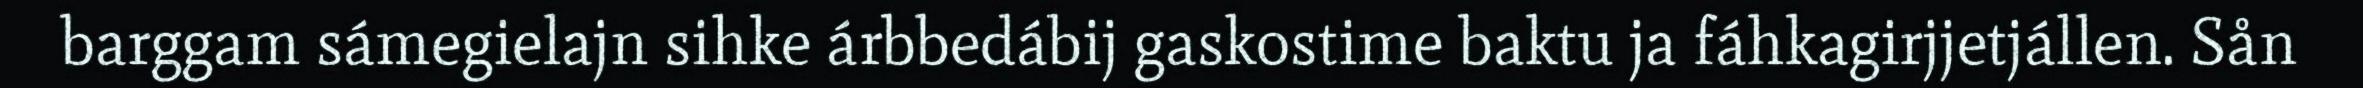
barggam sámegielajn sihke árbbedábij gaskostime baktu ja fáhkagirjjetjállen. Sån